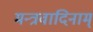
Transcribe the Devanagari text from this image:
मन्त्रवादिनाम्